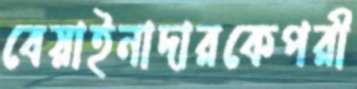
বেয়াইনাদারকেপরী